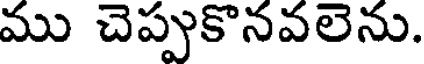
ము చెప్పుకొనవలెను.